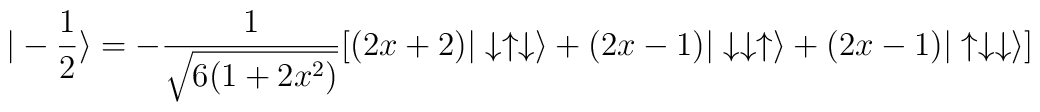
| - \frac{1}{2} \rangle = -\frac{1}{\sqrt{6(1+2x^2)}}  [(2 x + 2) |\downarrow \uparrow \downarrow \rangle +  (2 x -1) |\downarrow \downarrow \uparrow \rangle +  (2 x - 1) |\uparrow\downarrow \downarrow \rangle ]